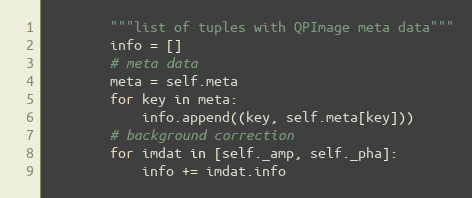
Language: Python
        """list of tuples with QPImage meta data"""
        info = []
        # meta data
        meta = self.meta
        for key in meta:
            info.append((key, self.meta[key]))
        # background correction
        for imdat in [self._amp, self._pha]:
            info += imdat.info